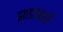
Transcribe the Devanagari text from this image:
झाडापाशी